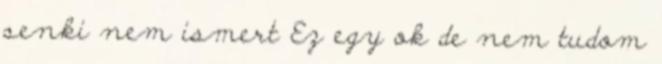
senki nem ismert Ez egy ok de nem tudom